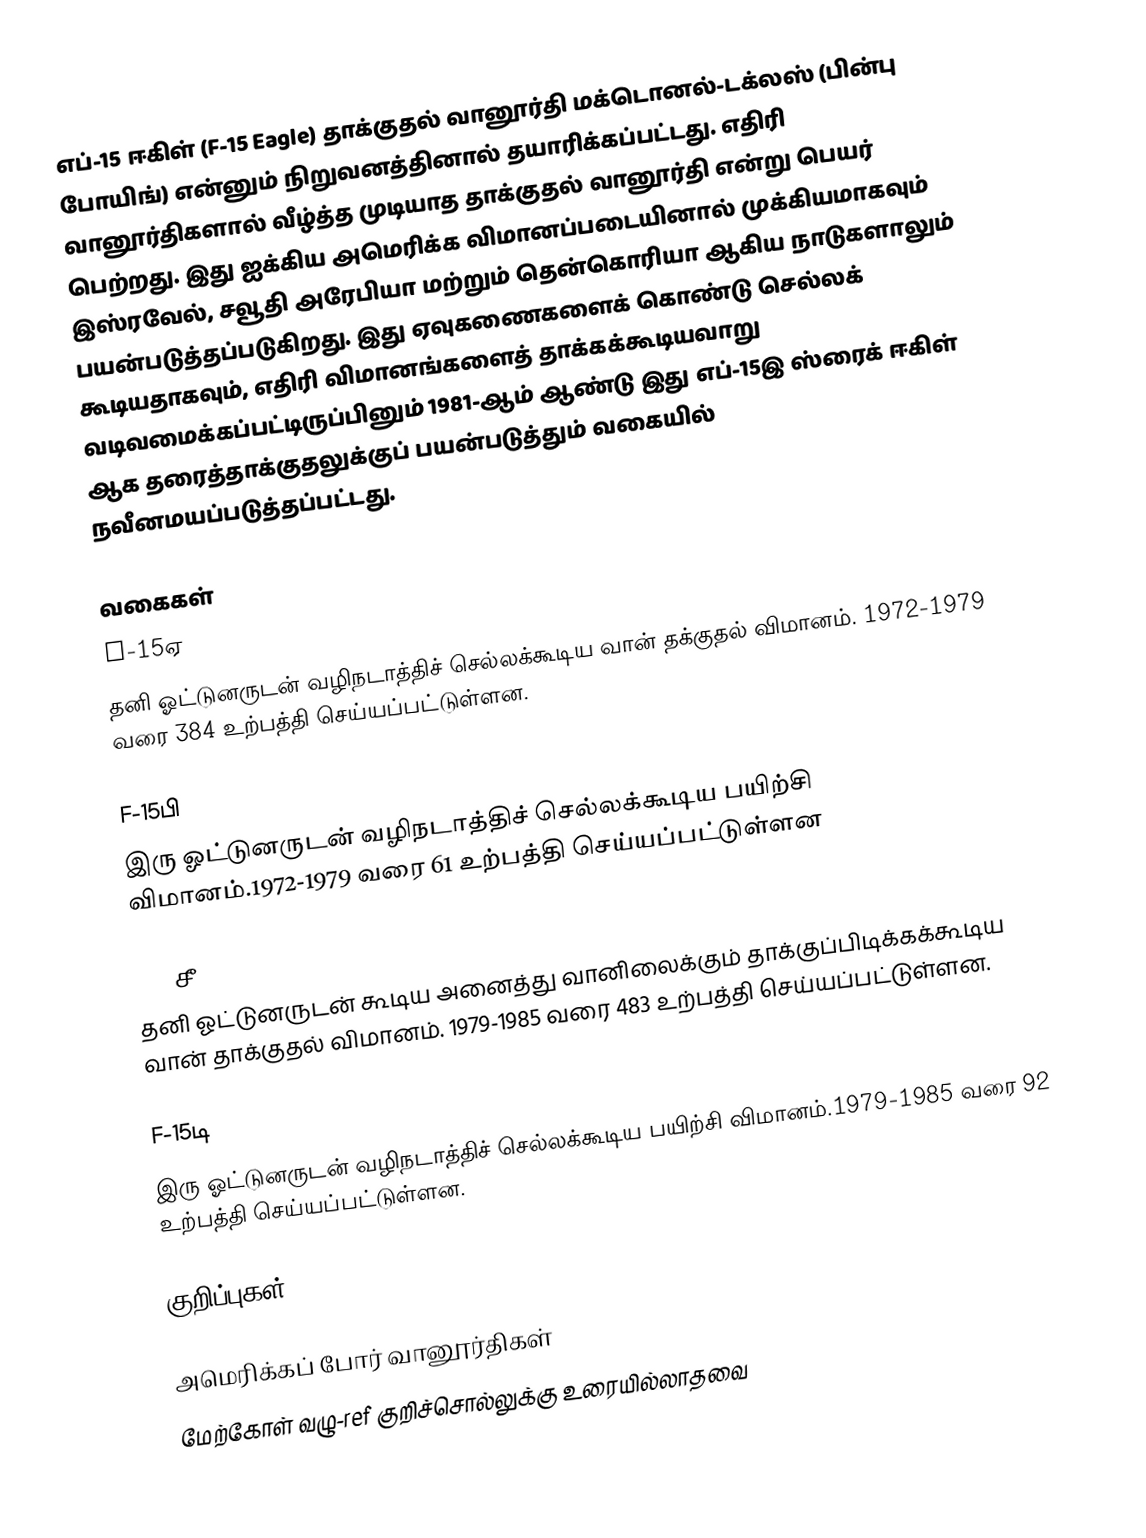
எப்-15 ஈகிள் (F-15 Eagle) தாக்குதல் வானூர்தி மக்டொனல்-டக்லஸ் (பின்பு போயிங்) என்னும் நிறுவனத்தினால் தயாரிக்கப்பட்டது. எதிரி வானூர்திகளால் வீழ்த்த முடியாத தாக்குதல் வானூர்தி என்று பெயர் பெற்றது. இது ஐக்கிய அமெரிக்க விமானப்படையினால் முக்கியமாகவும் இஸ்ரவேல், சவூதி அரேபியா மற்றும் தென்கொரியா ஆகிய நாடுகளாலும் பயன்படுத்தப்படுகிறது. இது ஏவுகணைகளைக் கொண்டு செல்லக் கூடியதாகவும், எதிரி விமானங்களைத் தாக்கக்கூடியவாறு வடிவமைக்கப்பட்டிருப்பினும் 1981-ஆம் ஆண்டு இது எப்-15இ ஸ்ரைக் ஈகிள் ஆக தரைத்தாக்குதலுக்குப் பயன்படுத்தும் வகையில் நவீனமயப்படுத்தப்பட்டது.

வகைகள்
 F-15ஏ
தனி ஓட்டுனருடன் வழிநடாத்திச் செல்லக்கூடிய வான் தக்குதல் விமானம். 1972-1979 வரை 384 உற்பத்தி செய்யப்பட்டுள்ளன.

 F-15பி
இரு ஓட்டுனருடன் வழிநடாத்திச் செல்லக்கூடிய பயிற்சி விமானம்.1972-1979 வரை 61 உற்பத்தி செய்யப்பட்டுள்ளன

 F-15சீ
தனி ஓட்டுனருடன் கூடிய அனைத்து வானிலைக்கும் தாக்குப்பிடிக்கக்கூடிய வான் தாக்குதல் விமானம். 1979-1985 வரை 483 உற்பத்தி செய்யப்பட்டுள்ளன.

 F-15டி
இரு ஓட்டுனருடன் வழிநடாத்திச் செல்லக்கூடிய பயிற்சி விமானம்.1979-1985 வரை 92 உற்பத்தி செய்யப்பட்டுள்ளன.

குறிப்புகள்

அமெரிக்கப் போர் வானூர்திகள்
மேற்கோள் வழு-ref குறிச்சொல்லுக்கு உரையில்லாதவை